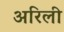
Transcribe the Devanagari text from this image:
अरिली